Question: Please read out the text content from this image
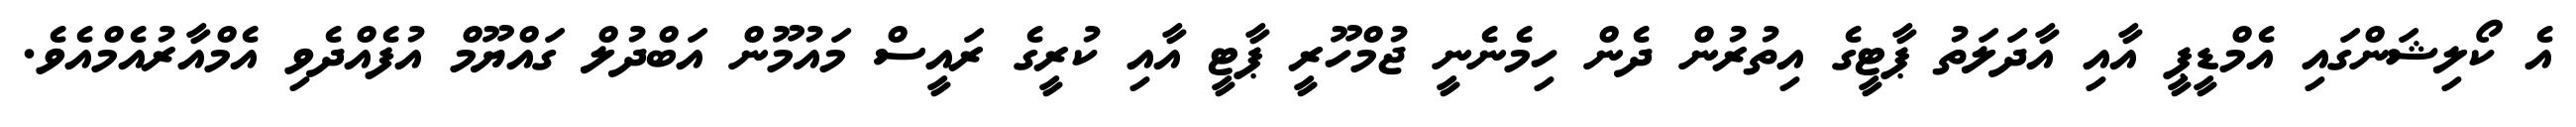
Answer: އެ ކޯލިޝަންގައި އެމްޑީޕީ އާއި އާދަލަތު ޕާޓީގެ އިތުރުން ދެން ހިމެނެނީ ޖުމްހޫރީ ޕާޓީ އާއި ކުރީގެ ރައީސް މައުމޫން އަބްދުލް ގައްޔޫމް އުފެއްދެވި އެމްއާރުއެމްއެވެ.